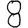
Digit: 8